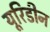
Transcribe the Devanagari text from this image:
यूरिडीन